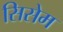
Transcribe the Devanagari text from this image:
सिसेम